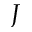
\boldsymbol { J }